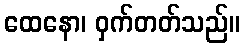
ထေနော၊ ဝှက်တတ်သည်။